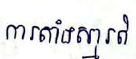
ការតាំងស្មារតី